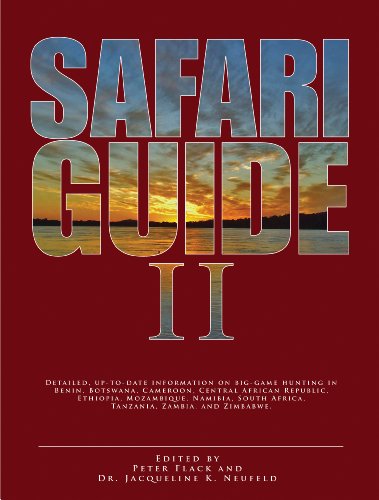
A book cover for Safari Guide II: Detailed, Up-to-Date Information on Big-Game Hunting in Benin, Botswana, CAmeroon, Central African Republic, Ethiopia, Mozambique, ... South Africa, Tanzania, Zambia, and Zimbabwe; Travel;